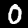
Digit: 0